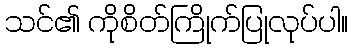
သင်၏ ကိုစိတ်ကြိုက်ပြုလုပ်ပါ။